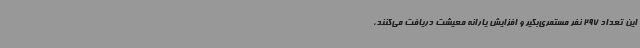
این تعداد 297 نفر مستمری‌بگیر و افزایش یارانه معیشت دریافت می‌کنند،